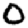
Digit: 0